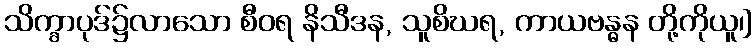
သိက္ခာပုဒ်၌လာသော စီဝရ နိသီဒန, သူစိဃရ, ကာယဗန္ဓန တို့ကိုယူ၊]